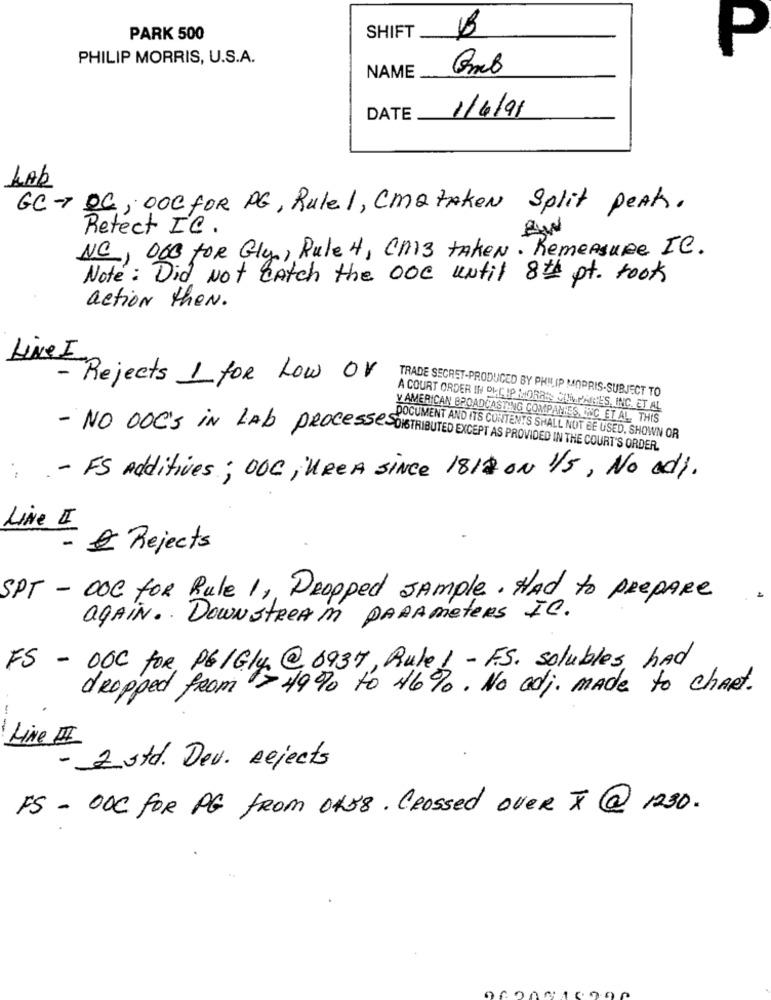
SHIFT
B
PARK 500
P
PHILIP MORRIS, U.S.A.
Gmb
NAME
1/4/91
DATE
LAb
GC- DC; DOC for PG, Rule1, CmatAken Split Peak.
Retect IC.
NC, 000 for Gly, Rule 4, Cm3 taken. RemeAsure IC.
Note: Did Not Catch the one until 8th pt. took
action theN.
Live I
- Rejects 1 for Low or
TRADE SECRET-PRODUCED BY PHILIP MORRIS-SUBJECT TO
A COURT ORDER IN OHG IP MORAN COMPARES, INC. ET AL
Y AMERICAN BROADCASTING COMPANIES, INNC ET AL. THIS
DOCUMENT AND ITS CONTENTS SHALL NOT BE USED, SHOWN OR
- NO DOC'S iN LAS PROCESses DISTRIBUTED EXCEPT AS PROVIDED IN THE COURT'S ORDER.
- FS additives ; DOC ; ueen since 1812 on 1/5, No adj.
Like II
-
& Rejects
SPT - DOC for Rule 1 ,, Propped sample. HAd to PREPARE
again .. Downstream PARAmeters IC.
FS - DOC for, PE/Gly @ 6937, Rule ! - ES. solubles had
dropped from > 49% to 46%. No adj. mAde to chART.
--
Line I
- 2 std. Dev. Rejects
FS- ODC for PG from 0458. Crossed over X @ 1230.